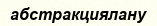
абстракциялану